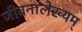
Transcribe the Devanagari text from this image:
जीवनालेख्यम्